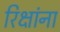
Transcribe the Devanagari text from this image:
रिक्षांना